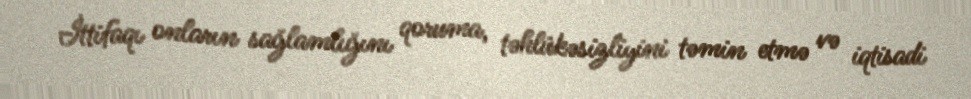
İttifaqı onların sağlamlığını qoruma, təhlükəsizliyini təmin etmə və iqtisadi